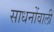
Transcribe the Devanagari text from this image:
साधनोंवाली